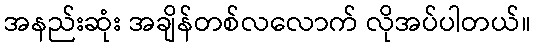
အနည်းဆုံး အချိန်တစ်လလောက် လိုအပ်ပါတယ်။